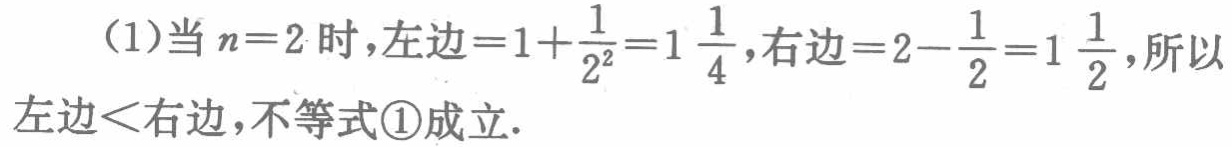
(1)当\(n = 2\)时，左边\(=1+\frac{1}{2^{2}}=1\frac{1}{4}\)，右边\(=2 - \frac{1}{2}=1\frac{1}{2}\)，所以左边\(<\)右边，不等式\textcircled{1}成立.